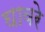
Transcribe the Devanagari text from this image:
घावरे